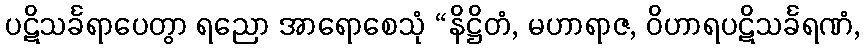
ပဋိသင်္ခရာပေတွာ ရညော အာရောစေသုံ “နိဋ္ဌိတံ, မဟာရာဇ, ဝိဟာရပဋိသင်္ခရဏံ,